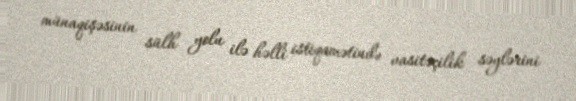
münaqişəsinin sülh yolu ilə həlli istiqamətində vasitəçilik səylərini